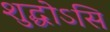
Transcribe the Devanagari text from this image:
शुद्धोऽसि